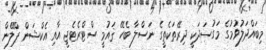
މިބައްދަލުވުމުގެ މަގުސަދަކީ ދިރޭތަކެތީގެ ނަސްލާ ބެހޭ ޤައުމީ ސްޓްރެޓެޖީ އާއި އެކްޝަން ޕްލޭން